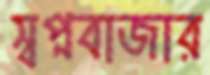
স্বপ্নবাজার